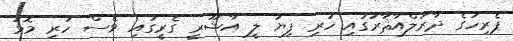
ޕެރިހުގެ ދާރުލްއާޘާރުގައި ހުރި ފިޔަ ލީ އާޝޫރީ ގެރީގައި ވެސް ހުރި މޮޅު